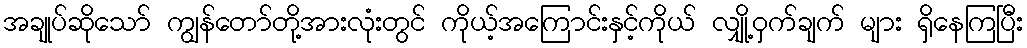
အချုပ်ဆိုသော် ကျွန်တော်တို့အားလုံးတွင် ကိုယ့်အကြောင်းနှင့်ကိုယ် လျှို့ဝှက်ချက် များ ရှိနေကြပြီး